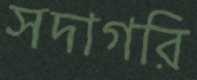
সদাগরি